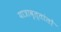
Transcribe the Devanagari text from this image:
यात्रावृत्तांतों